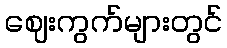
ဈေးကွက်များတွင်